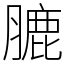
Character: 膔